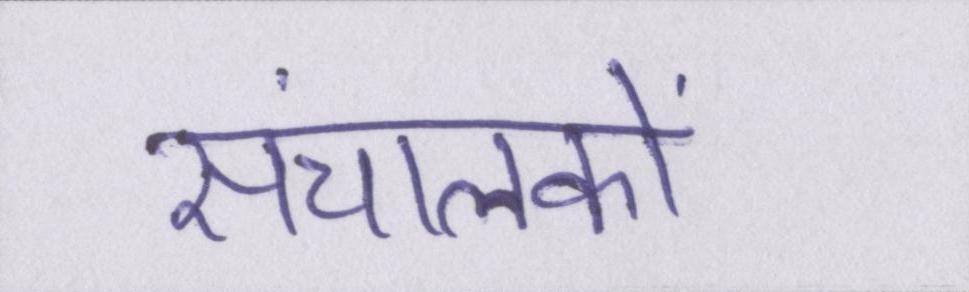
संचालकों